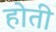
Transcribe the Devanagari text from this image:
होती